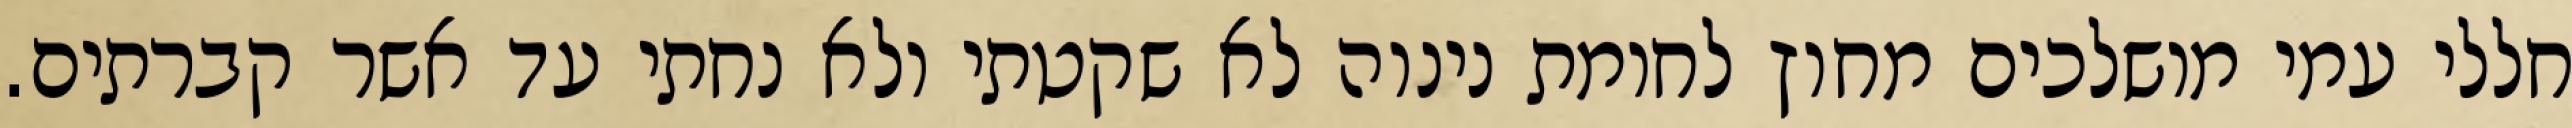
חללי עמי מושלכים מחוץ לחומת נינוה לא שקטתי ולא נחתי עד אשר קברתים.